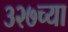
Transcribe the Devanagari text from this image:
३२७च्या